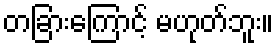
တခြားကြောင့် မဟုတ်ဘူး။